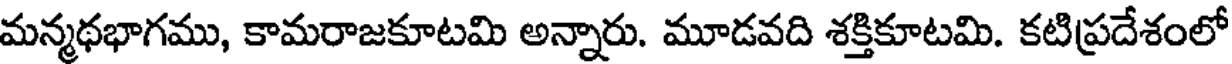
మన్మథభాగము, కామరాజకూటమి అన్నారు. మూడవది శక్తికూటమి. కటిప్రదేశంలో